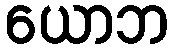
ယောဘ